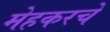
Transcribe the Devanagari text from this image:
मेहकरचे